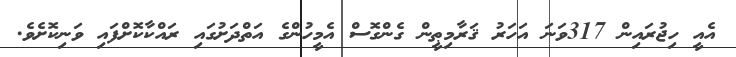
އެއީ ހިޖުރައިން 317ވަނަ އަހަރު ޤަރާމިޠީން ގެންގޮސް އެމީހުންގެ އަތްދަށުގައި ރައްކާކޮށްފައި ވަނިކޮށެވެ.